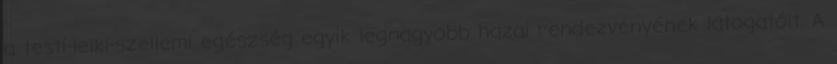
a testi-lelki-szellemi egészség egyik legnagyobb hazai rendezvényének látogatóit. A